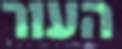
העור